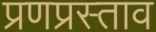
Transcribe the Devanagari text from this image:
प्रणप्रस्ताव